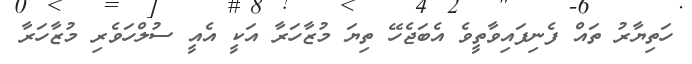
ހަތިޔާރު ތައް ފެނިފައިވާތީވެ އެބަޖެހޭ ތިޔަ މުޒާހަރާ އަކީ އެއީ ސުލްހަވެރި މުޒާހަރާ